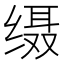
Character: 𦈙